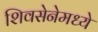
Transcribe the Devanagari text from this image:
शिवसेनेमध्ये